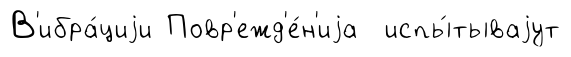
В'ибра́циjи Повр'ежд'е́н'иjа испы́тываjут